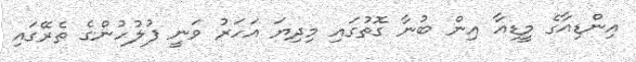
އިންޑިއާގެ މީޑިއާ އިން ބުނާ ގޮތުގައި މިދިޔަ އަހަރު ވަނީ ފުލުހުންގެ ތެރޭގައި